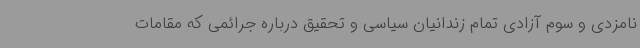
نامزدی و سوم آزادی تمام زندانیان سیاسی و تحقیق درباره جرائمی که مقامات